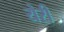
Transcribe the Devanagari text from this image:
येरी